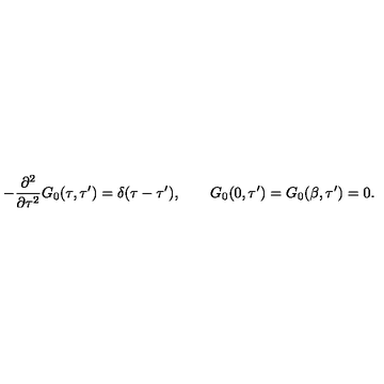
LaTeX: - \frac { \partial ^ { 2 } } { \partial \tau ^ { 2 } } G _ { 0 } ( \tau , \tau ^ { \prime } ) = \delta ( \tau - \tau ^ { \prime } ) , \qquad G _ { 0 } ( 0 , \tau ^ { \prime } ) = G _ { 0 } ( \beta , \tau ^ { \prime } ) = 0 .